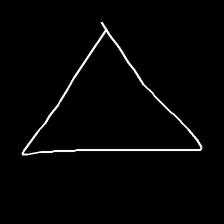
Glyph: convergence